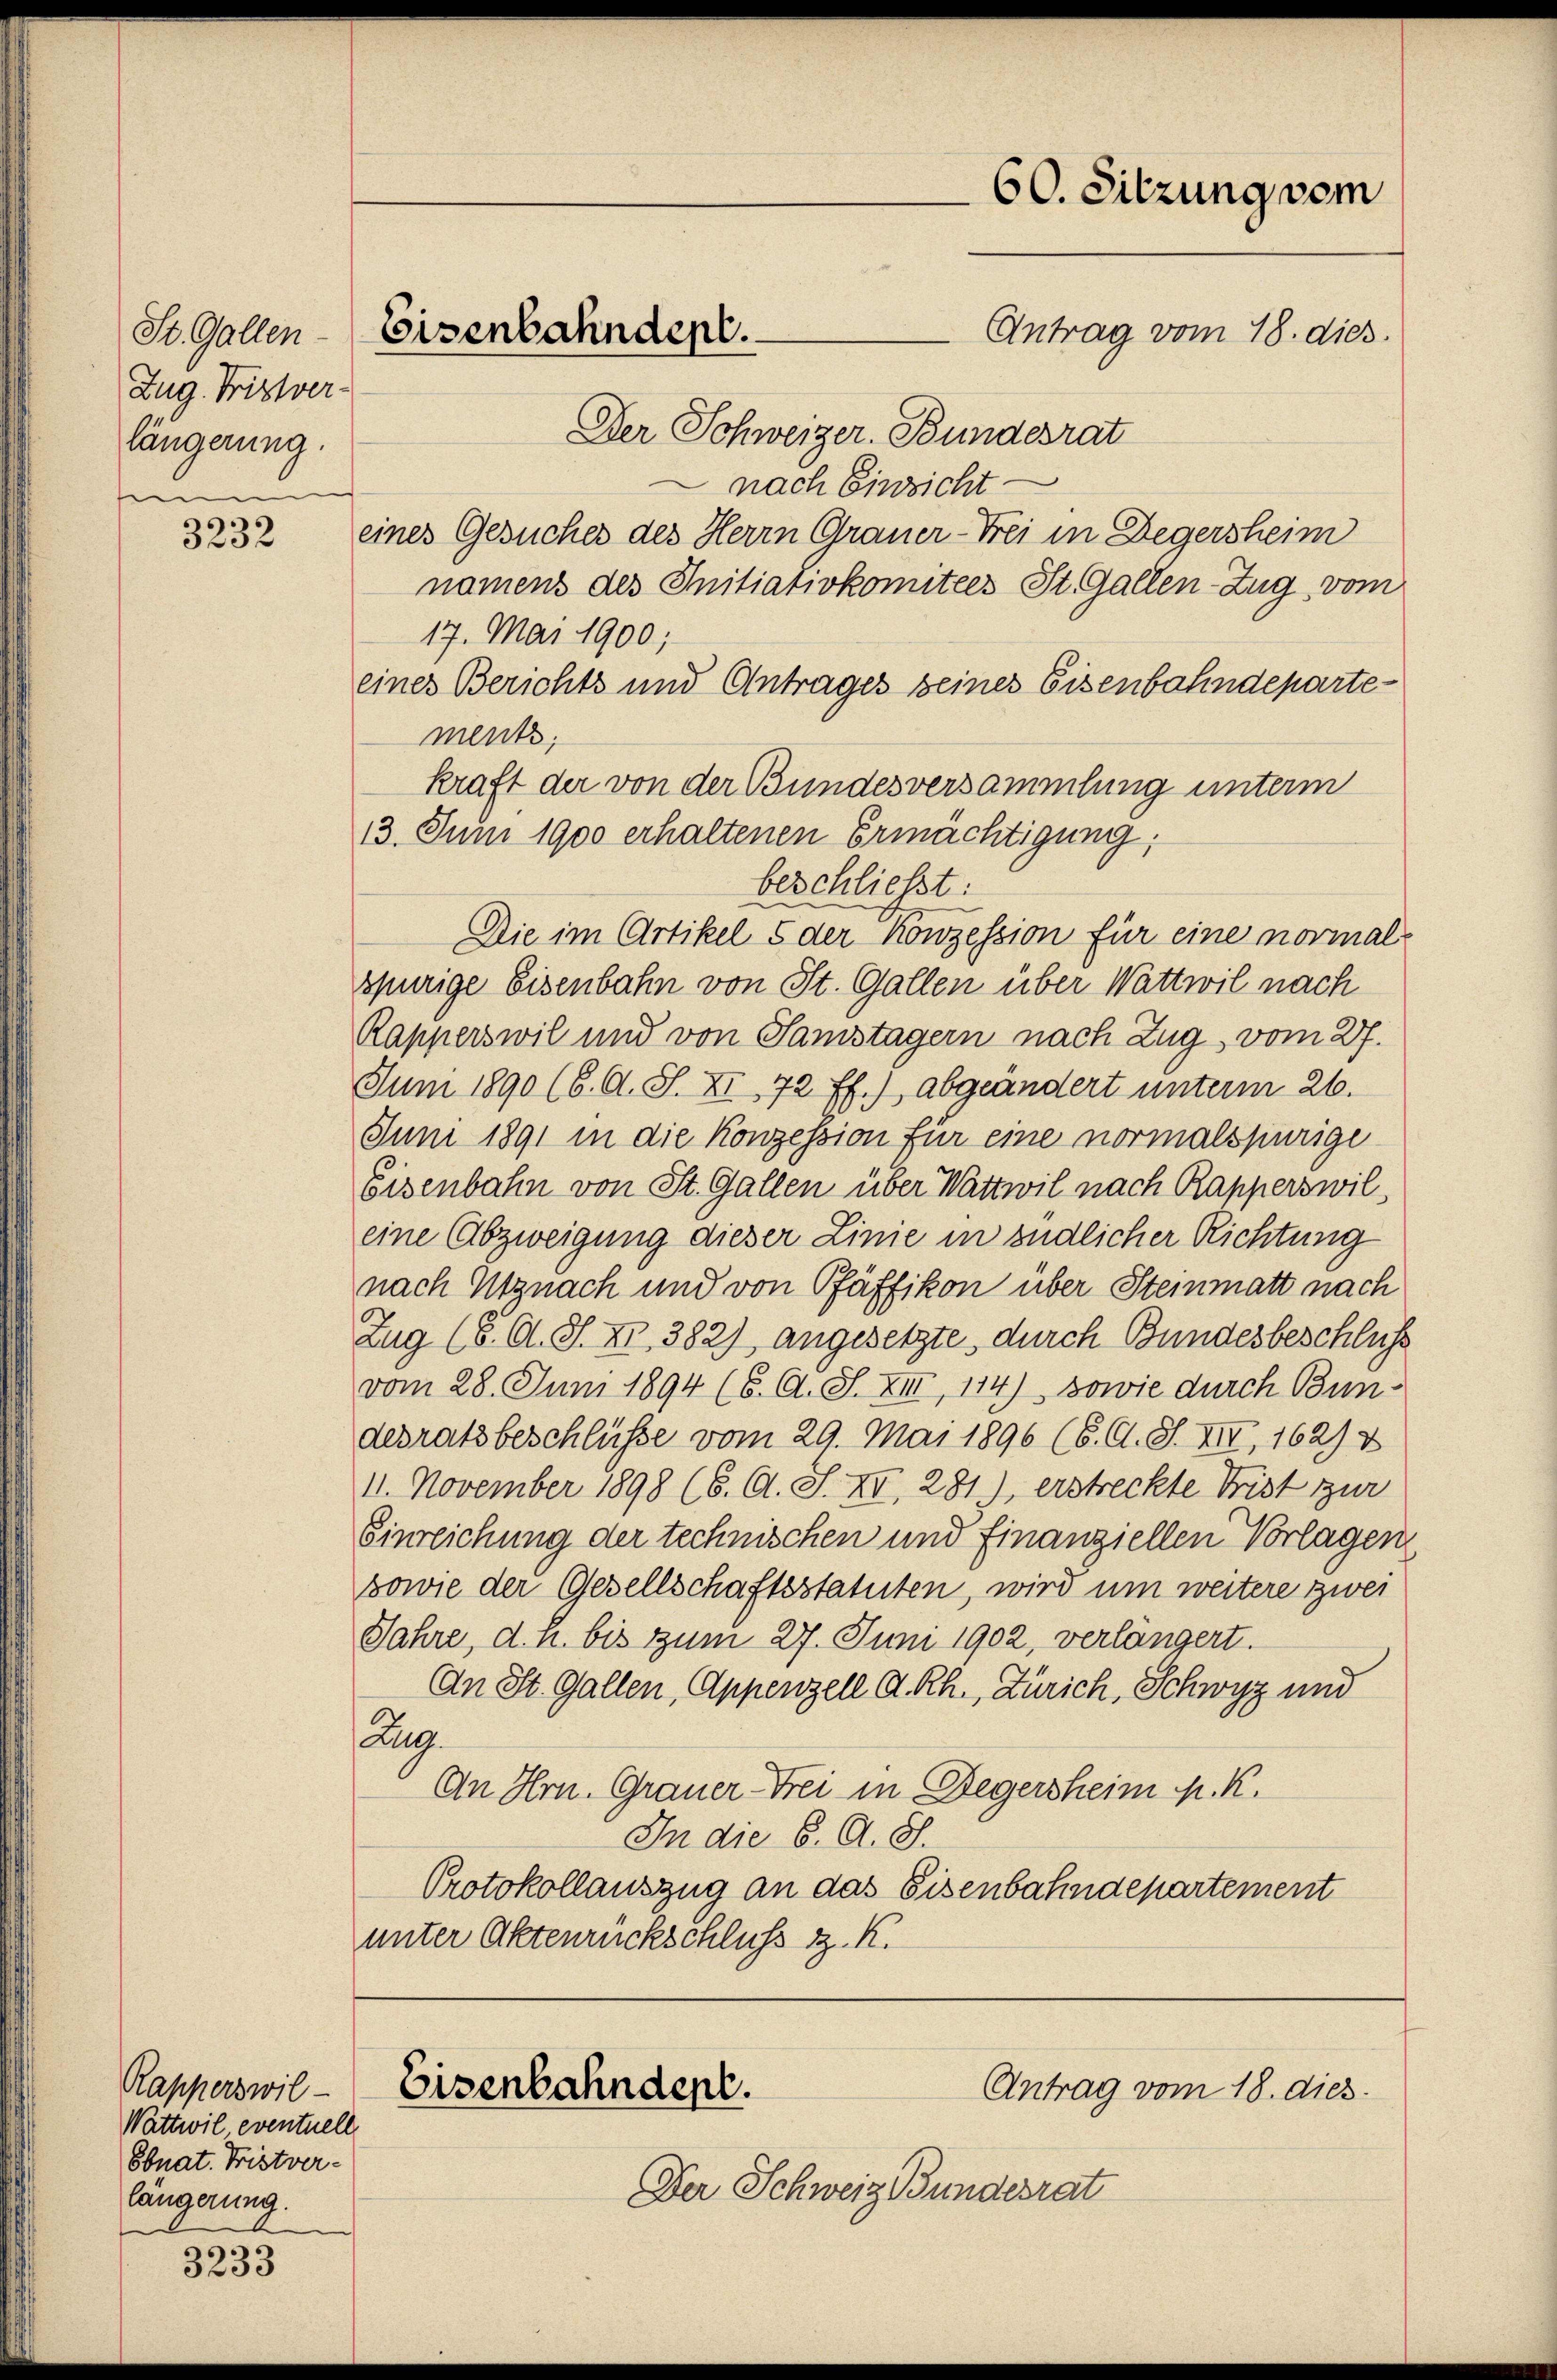
St. Gallen-
Zug. Fristver
längerung.

m
3232

Rapperswil-
Wattwil, eventuell
Ebnat. Fristverlängerung.

3233

Eisenbahndepl.

60. Sitzung vom
Antrag vom 18. dies

Der Schweizer. Bundesrat
 nach Einsicht-
eines Gesuches des Herrn Grauer-Frei in Degersheim
namens des Initiativkomitees St. Gallen-Zug vom
17. Mai 1900;
eines Berichts und Antrages seines Eisenbahndepartements,
kraft der von der Bundesversammlung unterm
13. Juni 1900 erhaltenen Ermächtigung;
beschließt:
Die im Artikel 5 der Konzession für eine normal
spurige Eisenbahn von St. Gallen über Wattwil nach
Rapperswil und von Samstagern nach Zug vom 27.
Juni 1890 (6. A. S. XI, 72 ff.) abgeändert unterm 26.
Juni 1891 in die Konzession für eine normalspurige
Eisenbahn von St. Gallen über Wattwil nach Rapperswil
eine Abzweigung dieser Linie in endlicher Richtung
nach Utznach und von Pfäffikon über Steinmatt nach
Zug (S. O. S. XI. 382), angesetzte durch Bundesbeschluss
vom 28. Juni 1894 (6. A. S. XII, 114) sowie durch Bundesratsbeschlüsse vom 29. Mai 1896 (6. A. S. XII, 162) V
11. November 1898 (6. A. S. XI, 281), erstreckte Frist zur
Einreichung der technischen und finanziellen Vorlagen
sowie der Gesellschaftsstatuten, wird um weitere zwei
Jahre, d. u. bis zum 27. Juni 1902, verlängert.
An St. Gallen, Appenzell A. Rh., Zürich, Schwyz und
Zug.
An Hrn. Grauer Frei in Begersheim pr. K.
In die 6. A. S.
Protokollauszug an das Eisenbahndepartement
unter Aktenrückschluss z. K.

Eisenbahndept.
Antrag vom 18. dies

Der Schweiz Bundesrat